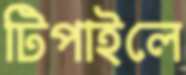
টিপাইলে